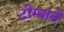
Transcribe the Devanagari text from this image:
टीम्बाने